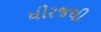
ધીરજથી